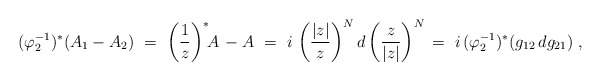
\begin{align*}(\varphi_2 ^{-1})^\ast(A_1 - A_2)\ =\ \left(\frac{1}{z}\right)^\ast\!\! A\, - A \ =\ i\,\left(\frac{|z|}{z}\right)^N d\left(\frac{z}{|z|}\right)^N \, =\ i\,(\varphi_2 ^{-1})^\ast (g_{12}\, dg_{21})\ ,\end{align*}